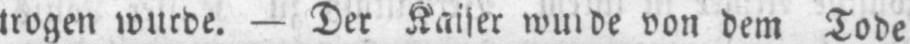
trogen wurde. - Der Kaiser wurde von dem Tode